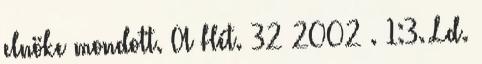
elnöke mondott. A Hét. 32 2002 . 1:3. Ld.